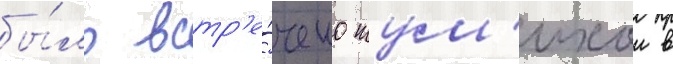
бы́ло встр'е́чено шум'ихои в